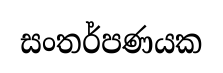
සංතර්පණයක